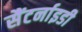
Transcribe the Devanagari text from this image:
सैंटर्नाइडी